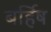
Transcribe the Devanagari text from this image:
बर्हिष